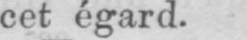
cet égard.